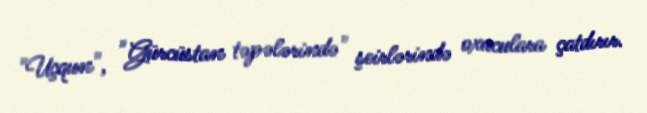
"Uçqun", "Gürcüstan təpələrində" şeirlərində oxuculara çatdırır.